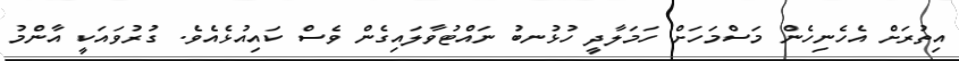
އިތުރަށް އެހެނިހެން މަސްމަހަށް ހަމަލާދީ ހުޅުނބު ނައްޓުވާލައިގެން ވެސް ކައިއުޅެއެވެ. ގުރުވައަކީ އާންމު